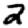
Digit: 2